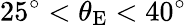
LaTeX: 25^{\circ}<\theta_{\mathrm{E}}<40^{\circ}